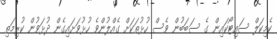
ކެމިކަލް ސައިޓޯކައިން ގެ ސަބަބުން ވެސް ހުޅުތަކަށް ގެއްލުންވެ ހުޅުވަށައިގެން ދުޅަވުން ކުރިމަތި